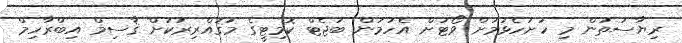
ރިޔާސަތުން މި ހުށަހެޅުމަށް ވޯޓަށް އެހުމުން ބަޖެޓް ކޮމިޓީގެ މުޤައްރިރަކަށް ޤާސިމް އިބްރާހިމް